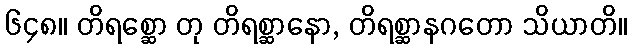
၆၄၈။ တိရစ္ဆော တု တိရစ္ဆာနော, တိရစ္ဆာနဂတော သိယာတိ။